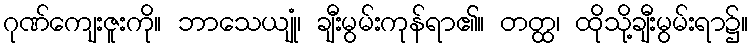
ဂုဏ်ကျေးဇူးကို။ ဘာသေယျုံ၊ ချီးမွမ်းကုန်ရာ၏။ တတ္ထ၊ ထိုသို့ချီးမွမ်းရာ၌။